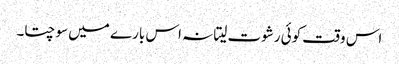
اس وقت کوئی رشوت لیتا نہ اس بارے میں سوچتا۔